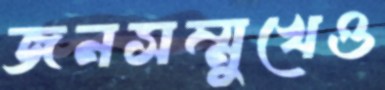
জনসম্মুখেও